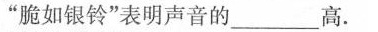
”脆如银铃”表明声音的___高。